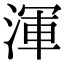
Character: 渾